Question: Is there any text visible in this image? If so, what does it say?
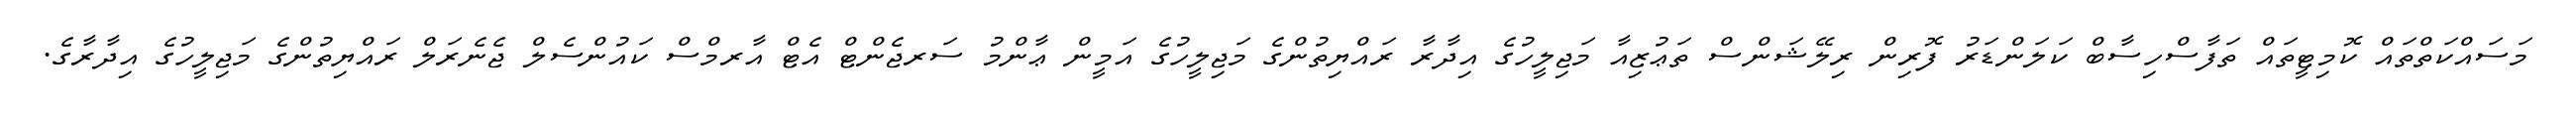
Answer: މަސައްކަތްތައް ކޮމިޓީތައް ތަފާސްހިސާބް ކަލަންޑަރު ފޮރިން ރިލޭޝަންސް ތަޢުޒިއާ މަޖިލީހުގެ އިދާރާ ރައްޔިތުންގެ މަޖިލީހުގެ އަމީން ޢާންމު ސަރޖެންޓް އެޓް އާރމްސް ކައުންސެލް ޖެނެރަލް ރައްޔިތުންގެ މަޖިލީހުގެ އިދާރާގެ.